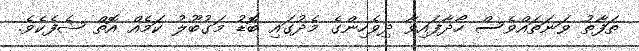
ތަފާތު ވަނަތައްވެސް ހޯދާފައިވާ ދިވެހިންގެ މެދުގައި ބޮޑު މަގުބޫލު ކަމެއް އޮތް ޝެފެކެވެ.